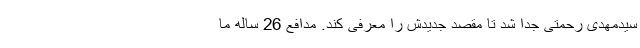
سیدمهدی رحمتی جدا شد تا مقصد جدیدش را معرفی کند. مدافع 26 ساله ما